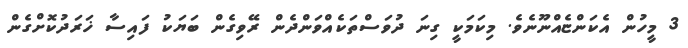
3 މީހުން އެކަންޏެއްނޫނެވެ. މިކަމަކީ ގިނަ ދުވަސްތަކެއްވަންދެން ރޭވިގެން ބަޔަކު ފައިސާ ޚަރަދުކޮށްގެން